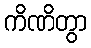
ကိဏိတွာ